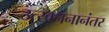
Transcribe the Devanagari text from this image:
उत्खननानंतर